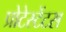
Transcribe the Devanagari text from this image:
प्रोटेस्टेंटस